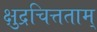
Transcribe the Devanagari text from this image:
क्षुद्रचित्तताम्